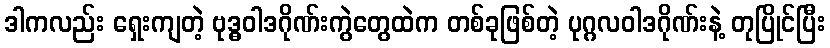
ဒါကလည်း ရှေးကျတဲ့ ဗုဒ္ဓဝါဒဂိုဏ်းကွဲတွေထဲက တစ်ခုဖြစ်တဲ့ ပုဂ္ဂလဝါဒဂိုဏ်းနဲ့ တုပြိုင်ပြီး